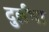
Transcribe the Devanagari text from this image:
दुर्लभा